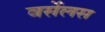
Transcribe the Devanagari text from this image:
वर्सेलस